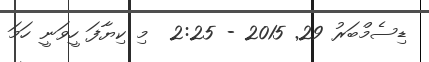
ޑިސެމްބަރު 29